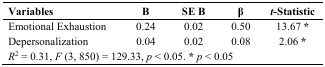
<table><thead><tr><td><b>Variables</b></td><td><b>B</b></td><td><b>SE B</b></td><td><b>β</b></td><td><b><i>t</i>-Statistic</b></td></tr></thead><tbody><tr><td>Emotional Exhaustion</td><td>0.24</td><td>0.02</td><td>0.50</td><td>13.67 <b>*</b></td></tr><tr><td>Depersonalization</td><td>0.04</td><td>0.02</td><td>0.08</td><td>2.06 <b>*</b></td></tr><tr><td colspan="5"><i>R</i><sup>2</sup> = 0.31, <i>F</i> (3, 850) = 129.33, <i>p</i> &lt; 0.05. <b>*</b><i>p</i> &lt; 0.05</td></tr></tbody></table>